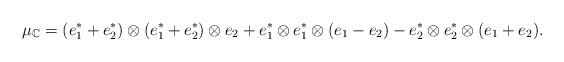
LaTeX: \begin{align*}\mu_{\mathbb{C}}=(e^*_1+e^*_2)\otimes (e^*_1+e^*_2)\otimes e_2 + e^*_1\otimes e^*_1\otimes (e_1-e_2) - e^*_2\otimes e^*_2\otimes (e_1+e_2).\end{align*}